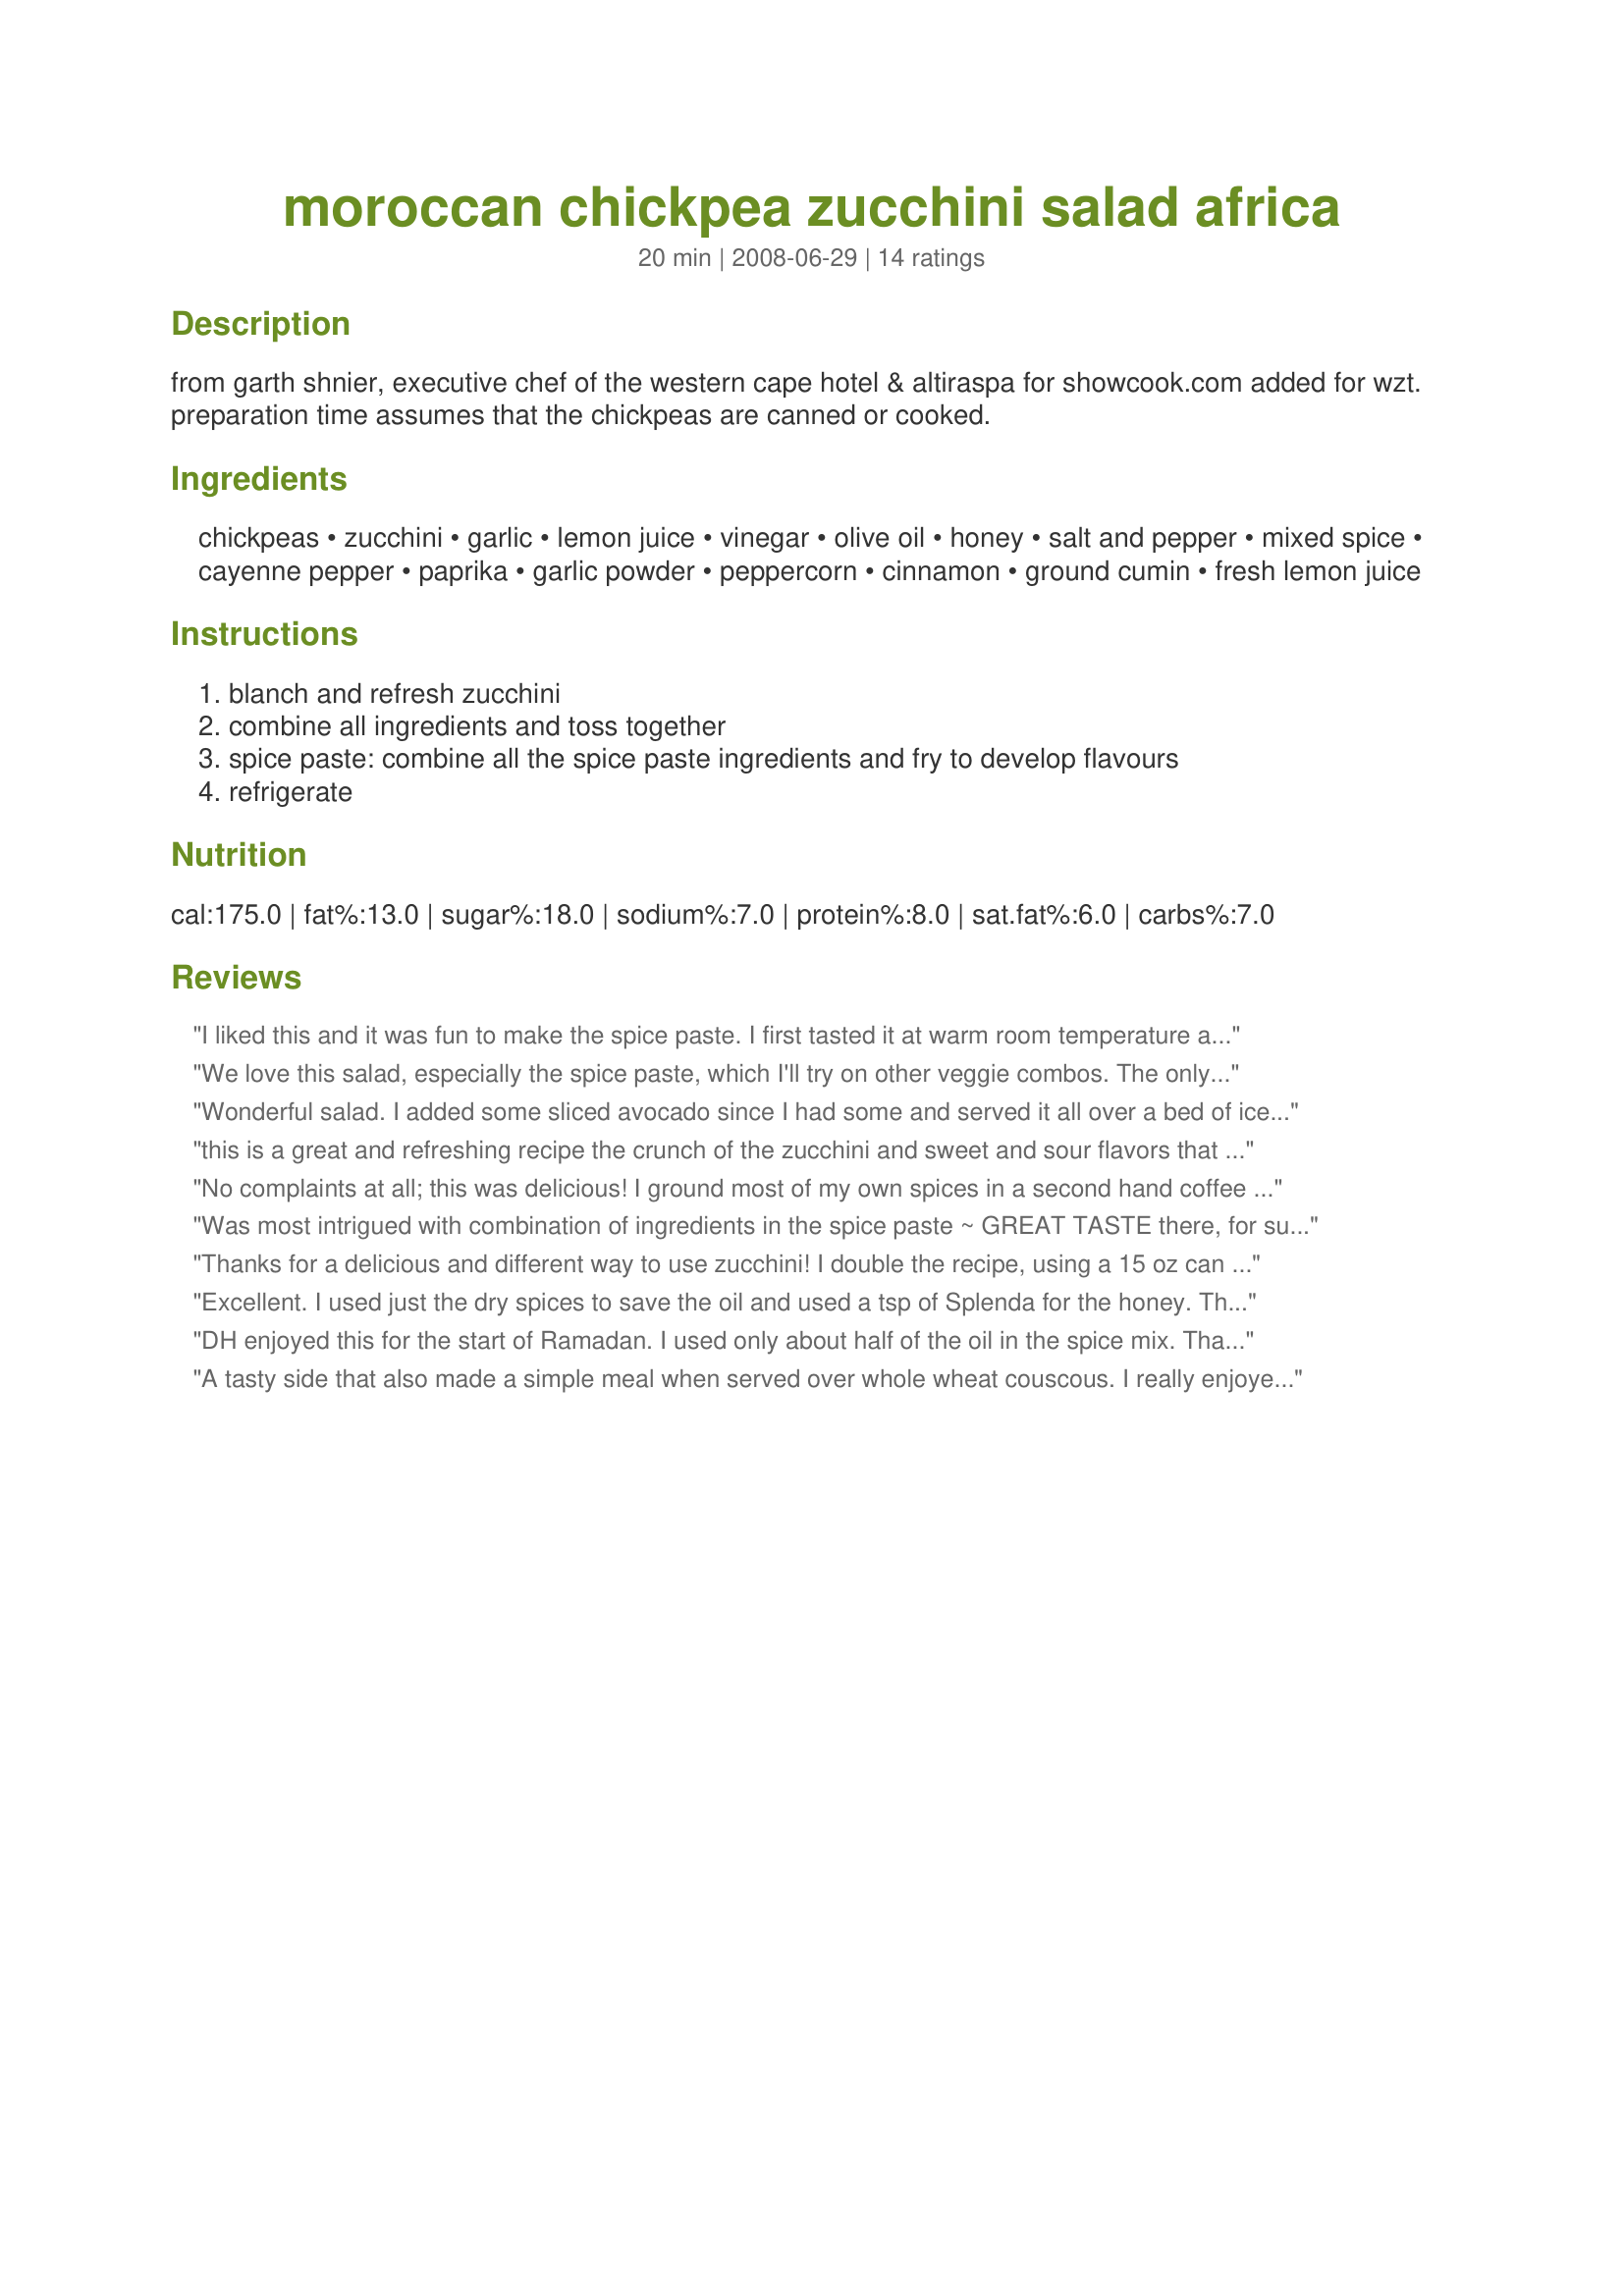
moroccan chickpea zucchini salad africa
Preparation time: 20 minutes

from garth shnier, executive chef of the western cape hotel & altiraspa for showcook.com added for wzt. preparation time assumes that the chickpeas are canned or cooked.

Ingredients:
chickpeas, zucchini, garlic, lemon juice, vinegar, olive oil, honey, salt and pepper, mixed spice, cayenne pepper, paprika, garlic powder, peppercorn, cinnamon, ground cumin, fresh lemon juice

Steps:
blanch and refresh zucchini, combine all ingredients and toss together, spice paste: combine all the spice paste ingredients and fry to develop flavours, refrigerate

Reviews:
I liked this and it was fun to make the spice paste. I first tasted it at warm room temperature and liked it a lot. It was less enjoyable refrigerated, so next time I will serve it at room temp. I might saute the zucchini next time. Now must figure out what to do with the leftover spice paste...
We love this salad, especially the spice paste, which I'll try on other veggie combos. The only change I made was to cut back on the cayenne.
Wonderful salad. I added some sliced avocado since I had some and served it all over a bed of iceberg lettuce -- my DH's favorite. I also add the minced garlic to the zucchini when blanching since I prefer a more cooked garlic flavor (more mellow) in my salads. Thanks, Pneuma! Made for Aussie/New Zealand Recipe Swap #19.
this is a great and refreshing recipe the crunch of the zucchini and sweet and sour flavors that dance in your mouth along with a hint of spice - this was made for vegetarian team strawberry - thanks Pneuma!!!
No complaints at all; this was delicious! I ground most of my own spices in a second hand coffee grinder that I recently got. This makes a huge difference in flavor; I highly recommend it! The dish has a nice kick to it, but not too much for me. I'd have to cut back for some of my friends though. It took me about 15 minutes total to make this. Great dish - I ate it at room temperature, right when I finished preparing it! Thanks so much!
Was most intrigued with combination of ingredients in the spice paste ~ GREAT TASTE there, for sure! I did use lemon pepper instead of the usual S&P, but other than that, this salad went together as directed! Very, very nice, & worth making again! [Tagged, made & reviewed for one of my teammates in my vegetarian group in the Vegetarian/Vegan Recipe Swap]
Thanks for a delicious and different way to use zucchini! I double the recipe, using a 15 oz can of chickpeas, and one zucchini and one summer squash (I didn't blanch them, and the texture was fine). It wasn't too spicy, and I served it with whole wheat pita - yum!
Excellent. I used just the dry spices to save the oil and used a tsp of Splenda for the honey. These changes worked very well for me but I went a step farther and added some veggie "Ground Round" . I left it in the fridge overnight and warmed some a bit in the micro today. It make a really great lunch wrapped in a whole wheat tortilla. :D
DH enjoyed this for the start of Ramadan. I used only about half of the oil in the spice mix. Thanks Pneuma for another great recipe.
A tasty side that also made a simple meal when served over whole wheat couscous. I really enjoyed the spice blend and look forward to using it in other dishes, even as a spice over popcorn. Want to try this with sauteed zucchini allowing for a bit of caramelization. Thanks. Made for the I recommend Tag Game.
This is really tasty. I ended up serving it hot with bacon and couscous to make a complete meal. I ended up using a lot more than 1 tsp of the spice mix, but then I like things spicey!
The spice paste blend is what attracted me to this recipe and it didn't disappoint. (I'm using the left over paste to marinate a lamb fillet.) Chickpeas are also a favourite so this salad was always going to appeal. It was so quick to make and I loved it. The recipe didn't specify how to prepare the zucchinis so I made long ribbons. I too served it warmish (I was impatient) as a side to some grilled lamb loin chops. I've got left overs today for lunch. My only thing is that I would say that it serves 2 as a main or 4 as a side. Made for Aussie: Make My Recipe, Ed #5.
This is quite nice, but I would halve the amount of cayenne next time-I think it overpowered the other ingredients in the spice paste. I only made half the spice paste as I couldn't think what I could do in the near future with extra of it. nAfter taking a photo of the dish, I felt it needed some herbs so added mint and parsley to it and I think that really gave it a lift.
This was a very nice spice blend. I thought it had a great balance of flavors with the heat coming in as an "after thought". The cinnamon and cumin were my favorites:) I will probably leave the zucchini raw and slice it very thin next time I make this, I just didn't care for it to be blanched, which is just a personal preferance. Made for PAC spring 09.
